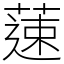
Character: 䔎